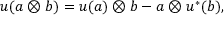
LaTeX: u ( a \otimes b ) = u ( a ) \otimes b - a \otimes u ^ { * } ( b ) ,